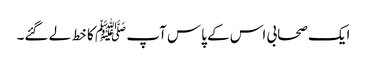
ایک صحابی اس کے پاس آپ ﷺ کا خط لے گئے۔